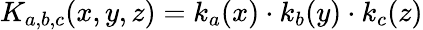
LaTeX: K_{a,b,c}(x,y,z)=k_{a}(x)\cdot k_{b}(y)\cdot k_{c}(z)